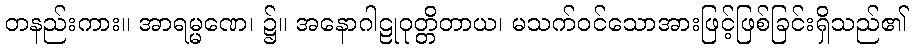
တနည်းကား။ အာရမ္မဏေ၊ ၌။ အနောဂါဠုဝုတ္တိတာယ၊ မသက်ဝင်သောအားဖြင့်ဖြစ်ခြင်းရှိသည်၏